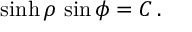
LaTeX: \sinh \rho \, \sin \phi = { C } \, .